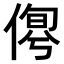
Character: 𠋹